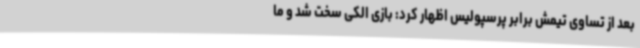
بعد از تساوی تیمش برابر پرسپولیس اظهار کرد: بازی الکی سخت شد و ما